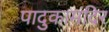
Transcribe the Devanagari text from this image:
पादुकामंदिर